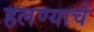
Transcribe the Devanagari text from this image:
हलण्याचे